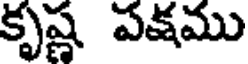
కృష్ణ పక్షము